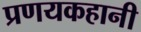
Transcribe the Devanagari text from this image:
प्रणयकहानी